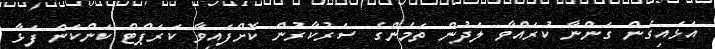
އަޅައިގެން ގަންނާ ކުރައްވާ ލަދުން ތަމެންގެ ސަރުކާރުން ކޮށްފައިވާ ކަރަޕްޓް ކަންކަން ފަޅާ